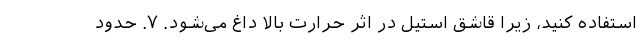
استفاده کنید، زیرا قاشق استیل در اثر حرارت بالا داغ می‌شود. ۷. حدود